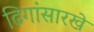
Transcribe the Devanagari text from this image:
ढिगांसारखे